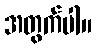
အတွက်ပါ။